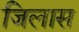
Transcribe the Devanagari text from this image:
जिलास